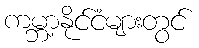
ကမ္ဘာ့နိုင်ငံများတွင်